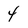
Character: 4